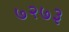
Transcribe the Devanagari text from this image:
७२७३